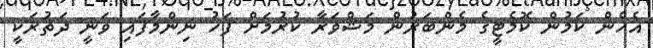
އެހެން ކަމުން ކޮމެޓީގެ މެންބަރުން މަޝްވަރާ ކުރުމަށް ފަހު ނިންމާފައި ވަނީ ދަތުރަކީ